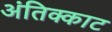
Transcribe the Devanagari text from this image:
अंतिक्काट